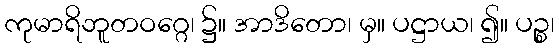
ကုမာရိဘူတဝဂ္ဂေ၊ ၌။ အာဒိတော၊ မှ။ ပဋ္ဌာယ၊ ၍။ ပဉ္စ၊